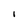
Character: l